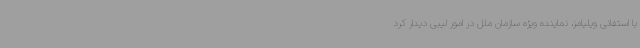
با استفانی ویلیامز، نماینده ویژه سازمان ملل در امور لیبی دیدار کرد